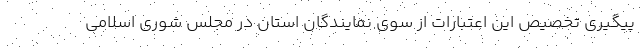
پیگیری تخصیص این اعتبارات از سوی نمایندگان استان در مجلس شوری اسلامی